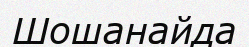
Шошанайда